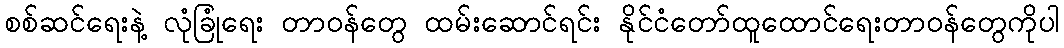
စစ်ဆင်ရေးနဲ့ လုံခြုံရေး တာဝန်တွေ ထမ်းဆောင်ရင်း နိုင်ငံတော်ထူထောင်ရေးတာဝန်တွေကိုပါ